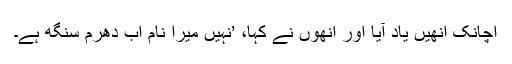
اچانک انھیں یاد آیا اور انھوں نے کہا، ’نہیں میرا نام اب دھرم سنگھ ہے۔